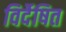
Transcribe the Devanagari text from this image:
विर्देषित